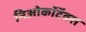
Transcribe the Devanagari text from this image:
निओकॉर्टेक्स